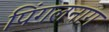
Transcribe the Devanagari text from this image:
पिंगलनाग